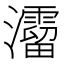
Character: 𤄐